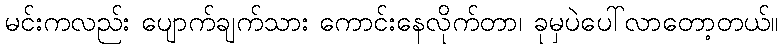
မင်းကလည်း ပျောက်ချက်သား ကောင်းနေလိုက်တာ၊ ခုမှပဲပေါ်လာတော့တယ်။